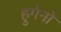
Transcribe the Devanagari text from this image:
हुगेनो